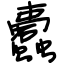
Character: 蠹